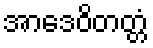
အာဒေဝိတတ္တံ